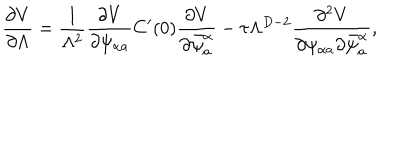
\frac { \partial V } { \partial \Lambda } = \frac { 1 } { \Lambda ^ { 2 } } \frac { \partial V } { \partial \psi _ { \alpha a } ^ { \phantom { a } } } C ^ { \prime } ( 0 ) \frac { \partial V } { \partial \bar { \psi } _ { a } ^ { \alpha } } - \tau \Lambda ^ { D - 2 } \frac { \partial ^ { 2 } V } { \partial \psi _ { \alpha a } ^ { \phantom { a } } \partial \bar { \psi } _ { a } ^ { \alpha } } ,